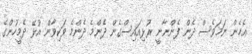
އެހެން ނަމަވެސް ދެން ފެންނާނީ ރުޅިއައިސްގެން ދެންމެ ދެންމެ ވަކިވާން އުޅޭ ދެމީހުންގެ